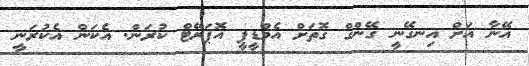
އޭނާ އަށް އިނގޭނީ ގޭންގް ގޮތަށް އެމްޑީޕީ އޮޕަރޭޓް ކުރަން. އެކަން އެކުރަނީ